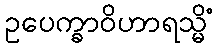
ဥပေက္ခာဝိဟာရသ္မိံ